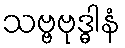
သဗ္ဗဗုဒ္ဓါနံ